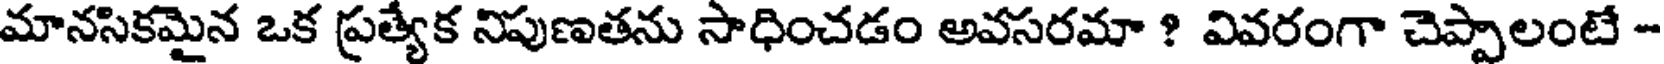
మానసికమైన ఒక ప్రత్యేక నిపుణతను సాధించడం అవసరమా ? వివరంగా చెప్పాలంటే -